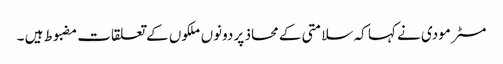
مسٹر مودی نے کہا کہ سلامتی کے محاذ پر دونوں ملکوں کے تعلقات مضبوط ہیں ۔